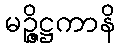
မဉ္ဇိဋ္ဌကာနိ